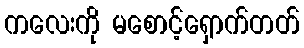
ကလေးကို မစောင့်ရှောက်တတ်